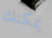
يمكنك